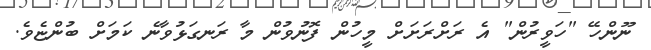
ނޫންހޭ "ހަވީރުން" އެ ރަށްރަށަށް މީހުން ފޮނުވުން މާ ރަނގަޅުވާނެ ކަމަށް ބުންޏެވެ.